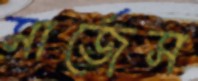
সার্জেস